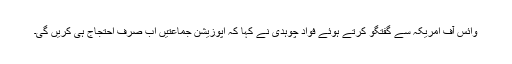
وائس آف امریکہ سے گفتگو کرتے ہوئے فواد چوہدی نے کہا کہ اپوزیشن جماعتیں اب صرف احتجاج ہی کریں گی۔